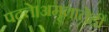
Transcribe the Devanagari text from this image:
पटते।अमृतातेही